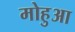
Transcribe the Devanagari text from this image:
मोहुआ